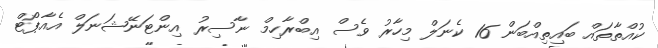
ކުއްތާތައް ބައިތިއްބަން 16 ކެނަލް މިހާރު ވެސް އިބްރާހިމް ނާސިރު އިންޓަނޭޝަނަލް އެއާޕޯޓް